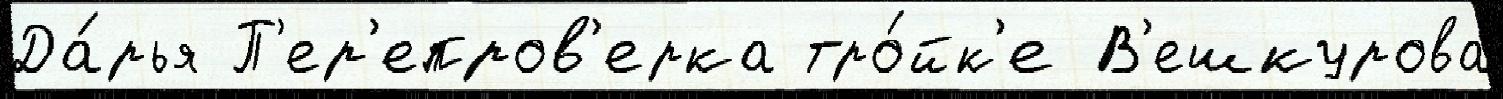
Да́рья П'ер'епров'ерка тро́йк'е В'ешкурова